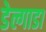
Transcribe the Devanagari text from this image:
डेल्गाडा